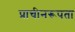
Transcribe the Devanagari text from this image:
प्राचीनरूपता